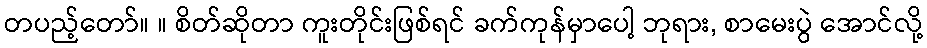
တပည့်တော်။ ။ စိတ်ဆိုတာ ကူးတိုင်းဖြစ်ရင် ခက်ကုန်မှာပေါ့ ဘုရား, စာမေးပွဲ အောင်လို့